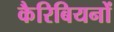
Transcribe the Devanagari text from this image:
कैरिबियनों